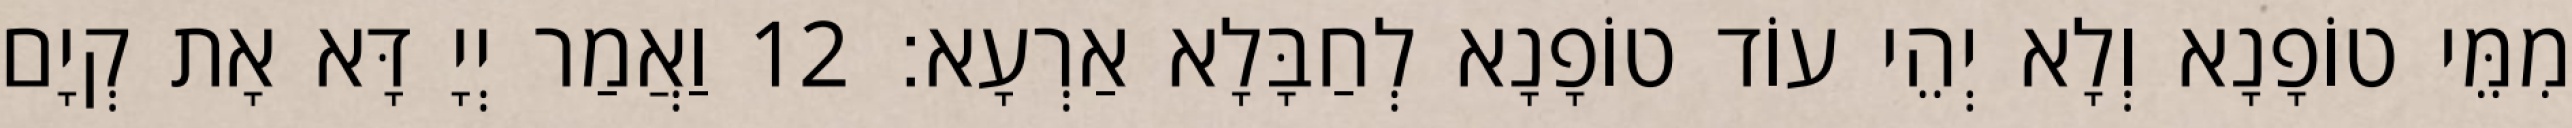
מִמֵּי טוֹפָנָא וְלָא יְהֵי עוֹד טוֹפָנָא לְחַבָּלָא אַרְעָא׃ 12 וַאֲמַר יְיָ דָּא אָת קְיָם